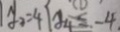
y _ { 2 } = 4 y _ { 4 } = - 4